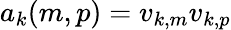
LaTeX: a_{k}(m,p)=v_{k,m}v_{k,p}